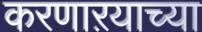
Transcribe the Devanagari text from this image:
करणाऱयाच्या